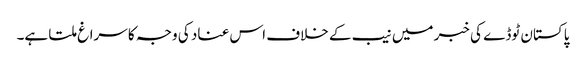
پاکستان ٹوڈے کی خبر میں نیب کے خلاف اس عناد کی وجہ کا سراغ ملتا ہے۔